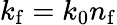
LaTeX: k_{\mathrm{f}}=k_{0}n_{\mathrm{f}}